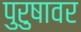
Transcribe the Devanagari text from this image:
पुरुषावर